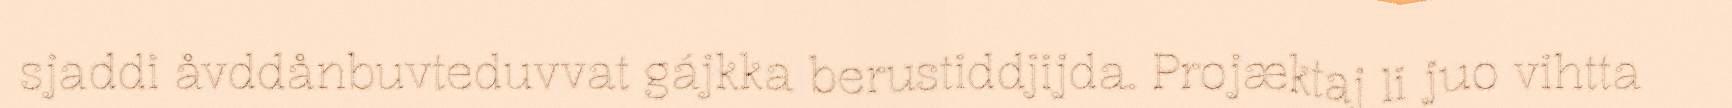
sjaddi åvddånbuvteduvvat gájkka berustiddjijda. Projæktaj li juo vihtta